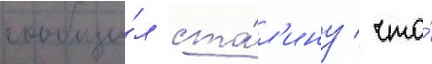
сообщи́л ста́л'ину / что́